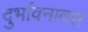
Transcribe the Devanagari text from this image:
दुर्भावनावश